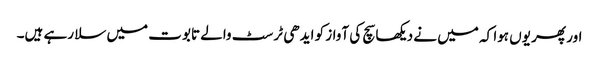
اور پھر یوں ہوا کہ میں نے دیکھا سچ کی آواز کو ایدھی ٹرسٹ والے تابوت میں سلا رہے ہیں۔